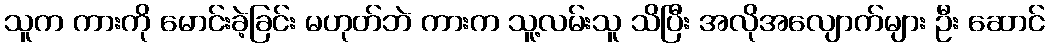
သူက ကားကို မောင်းခဲ့ခြင်း မဟုတ်ဘဲ ကားက သူ့လမ်းသူ သိပြီး အလိုအလျောက်များ ဦး ဆောင်